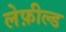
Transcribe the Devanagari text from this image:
लेफ़ील्ड